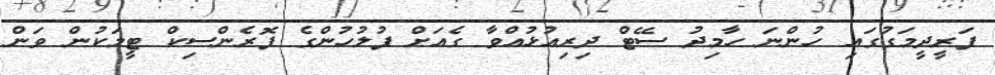
ފަރީދީމަގުގައި ހުންނަ ހާމިދު ސޭޓް ދިރިއުޅުއްވާ ގެއަށް ފުލުހުންގެ ފޮރެންސިކް ޓީމަކުން ވަން